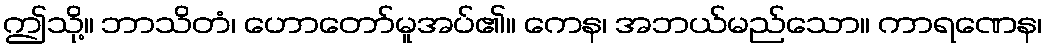
ဤသို့။ ဘာသိတံ၊ ဟောတော်မူအပ်၏။ ကေန၊ အဘယ်မည်သော။ ကာရဏေန၊